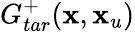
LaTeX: G_{tar}^{+}(\textbf{x},\textbf{x}_{u})